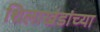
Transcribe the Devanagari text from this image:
शिलाखंडांच्या